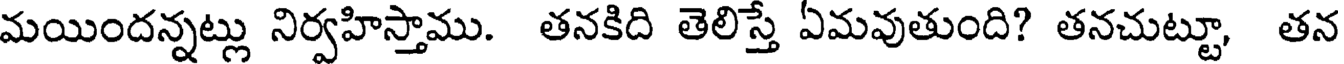
మయిందన్నట్లు నిర్వహిస్తాము. తనకిది తెలిస్తే ఏమవుతుంది? తనచుట్టూ, తన